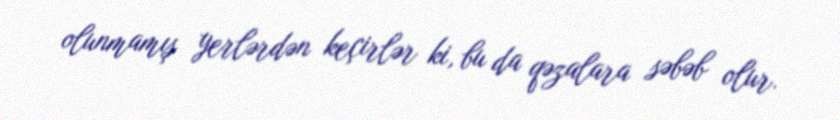
olunmamış yerlərdən keçirlər ki, bu da qəzalara səbəb olur.